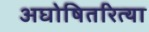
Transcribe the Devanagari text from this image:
अघोषितरित्या